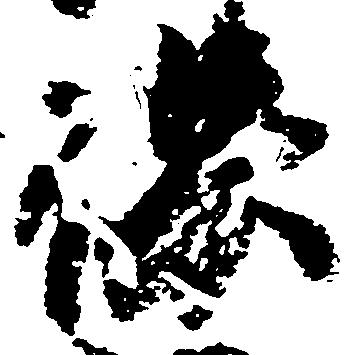
保